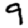
Digit: 9